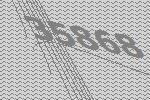
35868